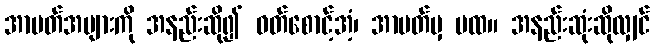
အာပတ်အများကို အနည်းဆို၍ ဝတ်စောင့်အံ့၊ အာပတ်မှ မထ။ အနည်းဆုံးဆိုလျှင်